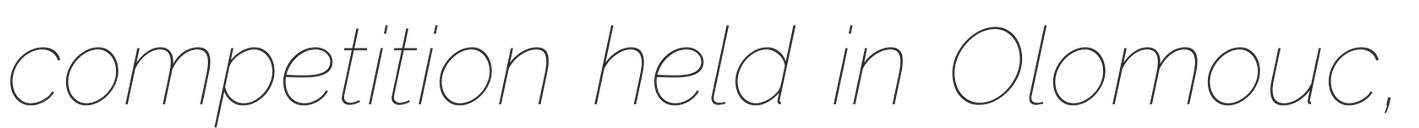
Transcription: competition held in Olomouc,